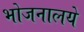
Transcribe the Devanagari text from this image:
भोजनालये